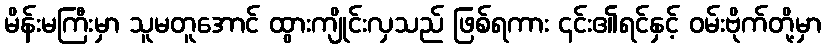
မိန်းမကြီးမှာ သူမတူအောင် ထွားကျိုင်းလှသည် ဖြစ်ရကား ၎င်း၏ရင်နှင့် ဝမ်းဗိုက်တို့မှာ